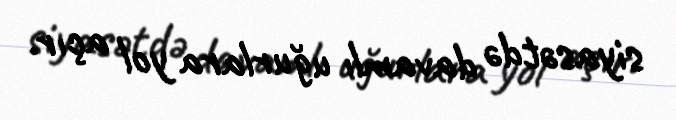
siyasətdə davamlı uğurlara yol açır.